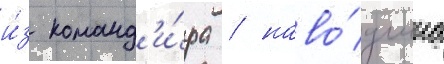
и́з команд'и́ра / наво́дчика